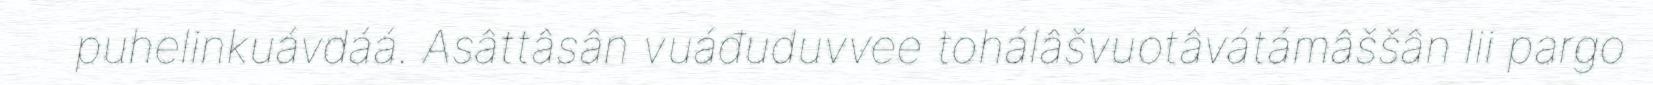
puhelinkuávdáá. Asâttâsân vuáđuduvvee tohálâšvuotâvátámâššân lii pargo